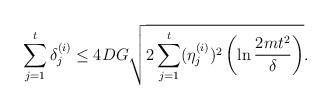
LaTeX: \begin{align*} \sum_{j=1}^t \delta_j^{(i)} \leq 4 DG \sqrt{2 \sum_{j=1}^t (\eta_j^{(i)})^2 \left(\ln \frac{2 mt^2}{\delta}\right)} .\end{align*}